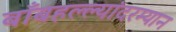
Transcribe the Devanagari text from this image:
बाँबहल्ल्यांदरम्यान